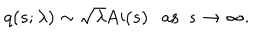
LaTeX: q ( s ; \lambda ) \sim \sqrt { \lambda } \mathrm { A i } ( s ) \ \ \ \mathrm { a s } \ \ s \rightarrow \infty .